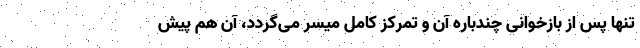
تنها پس از بازخوانی چندباره آن و تمرکز کامل میسر می‌گردد، آن هم پیش